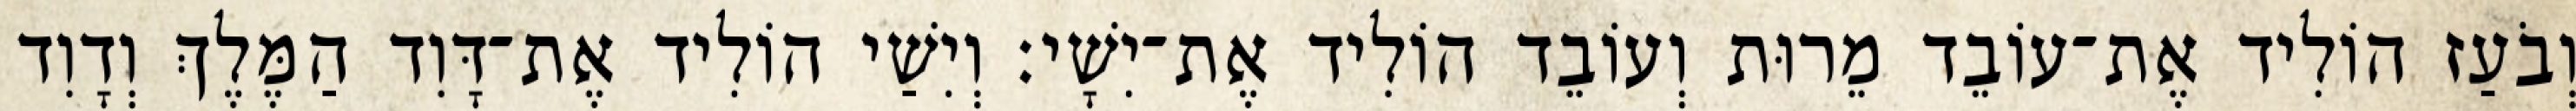
וְבֹעַז הוֹלִיד אֶת־עוֹבֵד מֵרוּת וְעוֹבֵד הוֹלִיד אֶת־יִשָׁי׃ וְיִשַׁי הוֹלִיד אֶת־דָּוִד הַמֶּלֶךְ וְדָוִד